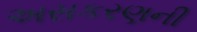
અસકરણની